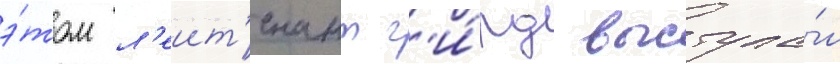
э́том л'еит'енант г'и́рд выступа́л